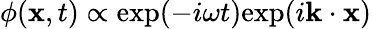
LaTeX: \phi(\mathbf{x},t)\propto\mathrm{exp}(-i\omega t)\mathrm{exp}(i\mathbf{k}\cdot\mathbf{x})